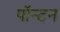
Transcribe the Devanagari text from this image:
पॉन्टन